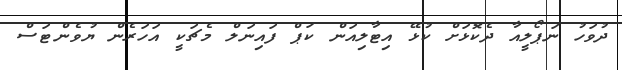
ދުވަހު ނަޕޯލީއާ ދެކޮޅަށް ކުޅޭ އިޓާލިއަން ކަޕް ފައިނަލް މެޗަކީ އަހަރެން ޔުވެންޓަސް